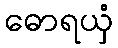
ဓောရယှံ